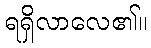
ရရှိလာလေ၏။